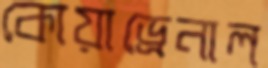
কোয়াড্রেনাল